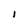
Character: i